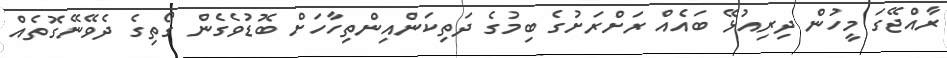
ރާއްޖޭގަ މީހުން ދިރިއުޅޭ ބައެއް ރަށްރަށުގެ ބިމުގެ ދަތިކަންއިންތިހާހަށް ބޮޑުވެގެން ގޯތިގެ ދެވޭނޭގޮތެއް